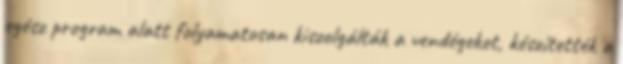
egész program alatt folyamatosan kiszolgálták a vendégeket, készítették a